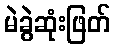
မဲခွဲဆုံးဖြတ်